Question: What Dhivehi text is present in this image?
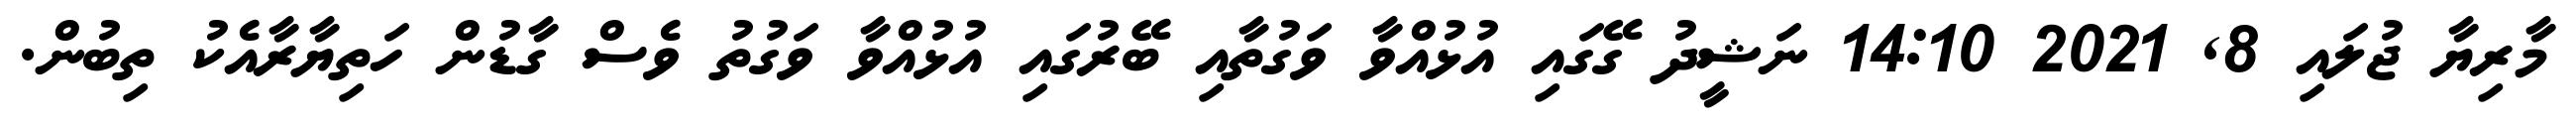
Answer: މާރިޔާ ޖުލައި 8, 2021 14:10 ނަޝީދު ގޭގައި އުޅުއްވާ ވަގުތާއި ބޭރުގައި އުޅުއްވާ ވަގުތު ވެސް ގާޑުން ހަތިޔާރާއެކު ތިބުން.